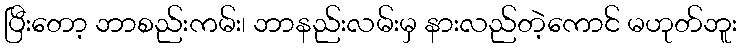
ပြီးတော့ ဘာစည်းကမ်း၊ ဘာနည်းလမ်းမှ နားလည်တဲ့ကောင် မဟုတ်ဘူး